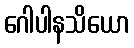
ဂေါပါနသိယော